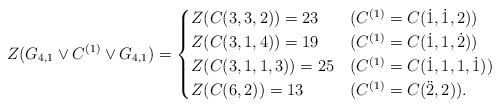
LaTeX: \begin{align*} Z(G_{4,1}\vee C^{(1)} \vee G_{4,1})= \begin{cases} Z(C(3,3,2))=23&(C^{(1)}=C(\dot1,\dot1,2))\\ Z(C(3,1,4))=19&(C^{(1)}=C(\dot1,1,\dot2))\\ Z(C(3,1,1,3))=25&(C^{(1)}=C(\dot1,1,1,\dot1))\\ Z(C(6,2))=13&(C^{(1)}=C(\ddot2,2)). \end{cases} \end{align*}